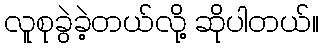
လူစုခွဲခဲ့တယ်လို့ ဆိုပါတယ်။